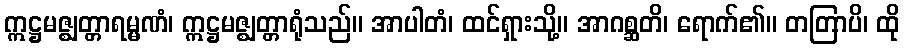
ဣဋ္ဌမဇ္ဈတ္တာရမ္မဏံ၊ ဣဋ္ဌမဇ္ဈတ္တာရုံသည်။ အာပါတံ၊ ထင်ရှားသို့။ အာဂစ္ဆတိ၊ ရောက်၏။ တတြာပိ၊ ထို